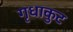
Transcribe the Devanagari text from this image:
गृधाकुट